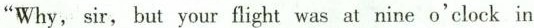
"Why,sir,but your flight was at nine o'clock in